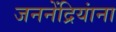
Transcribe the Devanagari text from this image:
जननेंद्रियांना